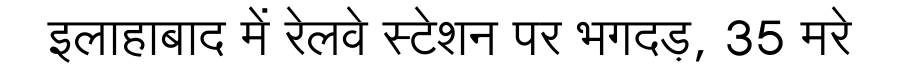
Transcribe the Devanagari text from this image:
इलाहाबाद में रेलवे स्टेशन पर भगदड़, 35 मरे